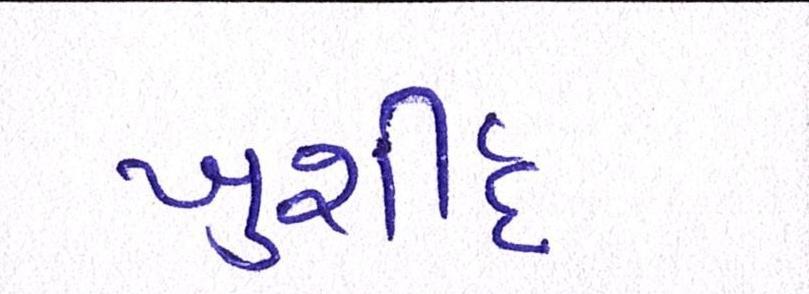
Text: ખુર્શીદ